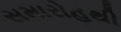
સમારોહથી